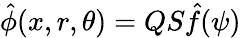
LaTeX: \hat{\phi}(x,r,\theta)=QS\hat{f}(\psi)